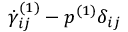
\dot { \gamma } _ { i j } ^ { ( 1 ) } - p ^ { ( 1 ) } \delta _ { i j }